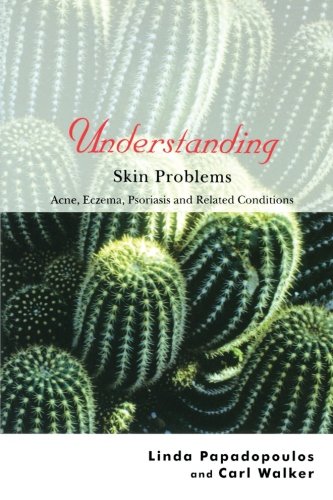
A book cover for Understanding Skin Problems: Acne, Eczema, Psoriasis and Related Conditions; Linda Papadopoulos; Health, Fitness & Dieting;